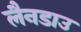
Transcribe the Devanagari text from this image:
लैनडाउ